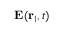
{ \bf E } ( { \bf r } _ { 1 } , t )